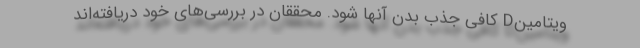
ویتامینD کافی جذب بدن آنها شود. محققان در بررسی‌های خود دریافته‌اند